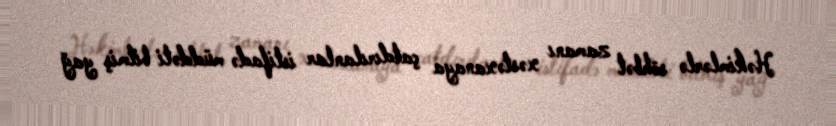
Həkimlərlə söhbət zamanı xəstəxanaya çatdırılanlar istifadə müddəti bitmiş yağ